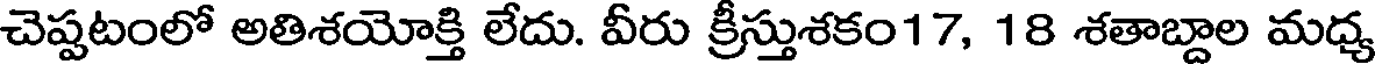
చెప్పటంలో అతిశయోక్తి లేదు. వీరు క్రీస్తుశకం17, 18 శతాబ్దాల మధ్య